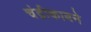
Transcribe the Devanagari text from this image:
चंद्रीकाबने